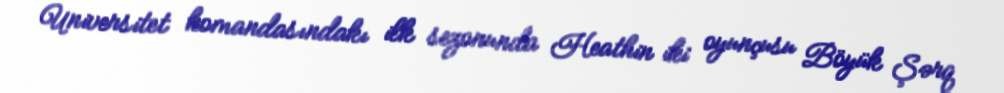
Universitet komandasındakı ilk sezonunda Heathin iki oyunçusu Böyük Şərq